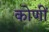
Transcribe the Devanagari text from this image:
कोणीं